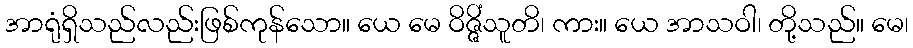
အာရုံရှိသည်လည်းဖြစ်ကုန်သော။ ယေ မေ ဝိဇ္ဇိံသူတိ၊ ကား။ ယေ အာသဝါ၊ တို့သည်။ မေ၊